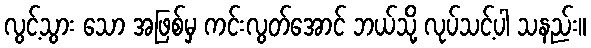
လွင့်သွား သော အဖြစ်မှ ကင်းလွတ်အောင် ဘယ်သို့ လုပ်သင့်ပါ သနည်း။